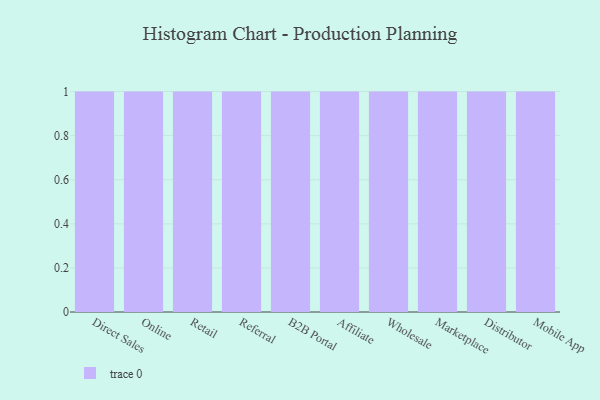
{"axis": {"x": "Channel", "y": "Temperature (°C)"}, "legend": [""], "data": [{"x": "Direct Sales", "y": 92, "type": ""}, {"x": "Online", "y": 68, "type": ""}, {"x": "Retail", "y": 48, "type": ""}, {"x": "Referral", "y": 59, "type": ""}, {"x": "B2B Portal", "y": 97, "type": ""}, {"x": "Affiliate", "y": 70, "type": ""}, {"x": "Wholesale", "y": 89, "type": ""}, {"x": "Marketplace", "y": 91, "type": ""}, {"x": "Distributor", "y": 10, "type": ""}, {"x": "Mobile App", "y": 54, "type": ""}]}